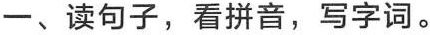
一、读句子，看拼音，写字词。